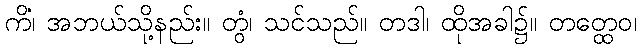
ကိံ၊ အဘယ်သို့နည်း။ တွံ၊ သင်သည်။ တဒါ၊ ထိုအခါ၌။ တတ္ထေဝ၊